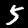
Label: 5